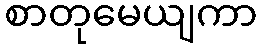
စာတုမေယျကာ